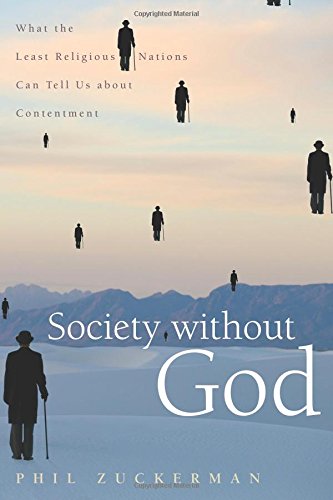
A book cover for Society without God: What the Least Religious Nations Can Tell Us About Contentment; Phil Zuckerman; Religion & Spirituality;